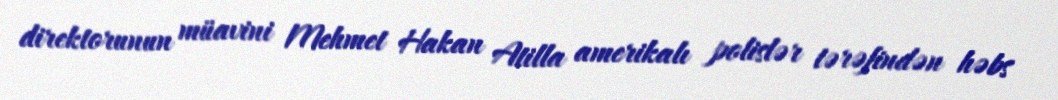
direktorunun müavini Mehmet Hakan Atilla amerikalı polislər tərəfindən həbs